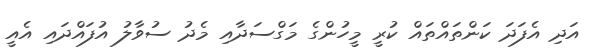
އަދި އެފަދަ ކަންތައްތައް ކުރީ މީހުންގެ މަގްސަދާއި މެދު ސުވާލު އުފައްދައި އެއީ